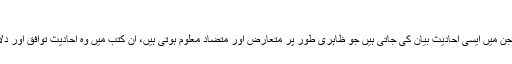
کتب اختلاف الحدیث
حدیث نبوی کی ایسی کتب جن میں ایسی احادیث بیان کی جاتی ہیں جو ظاہری طور پر متعارض اور متضاد معلوم ہوتی ہیں، ان کتب میں وہ احادیث توافق اور دلائل سے جمع کی جاتی ہے۔